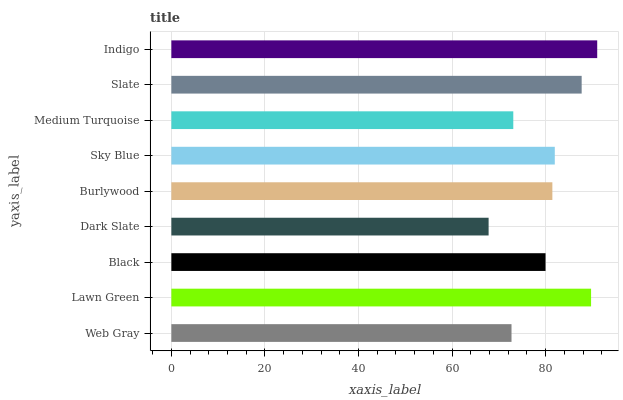
| yaxis_label | bars |
 | --- | --- |
 | Web Gray | 72.7 |
 | Lawn Green | 89.7 |
 | Black | 80 |
 | Dark Slate | 67.8 |
 | Burlywood | 81.4 |
 | Sky Blue | 82 |
 | Medium Turquoise | 73.1 |
 | Slate | 87.7 |
 | Indigo | 91 |